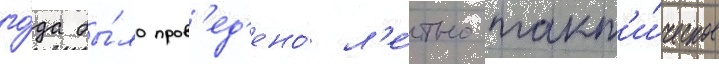
го́да бы́ло пров'ед'ено́ л'е́тно-такт'и́ческое